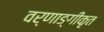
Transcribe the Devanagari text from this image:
वर्णाङ्गीकृत